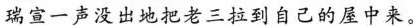
瑞宣一声没出地把老三拉到自己的屋中来。